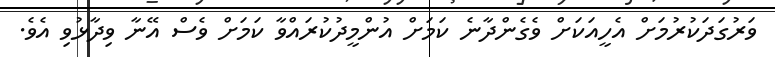
ވަރުގަދަކުރުމަށް އެހީއަކަށް ވެގެންދާނެ ކަމަށް އުންމީދުކުރައްވާ ކަމަށް ވެސް އޭނާ ވިދާޅުވި އެވެ.